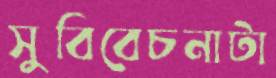
সুবিবেচনাটা